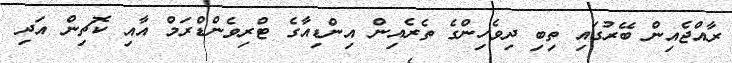
ރާއްޖެއިން ބޭރުގައި ތިބި ދިވެހިންގެ ތެރެއިން އިންޑިއާގެ ޓްރިވެންޑްރަމް އާއި ކޮޗިން އަދި